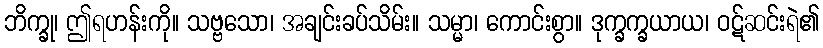
ဘိက္ခု၊ ဤရဟန်းကို။ သဗ္ဗသော၊ အချင်းခပ်သိမ်း။ သမ္မာ၊ ကောင်းစွာ။ ဒုက္ခက္ခယာယ၊ ဝဋ်ဆင်းရဲ၏